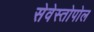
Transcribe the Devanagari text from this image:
सेवेस्तोपोल